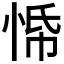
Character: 𭝀